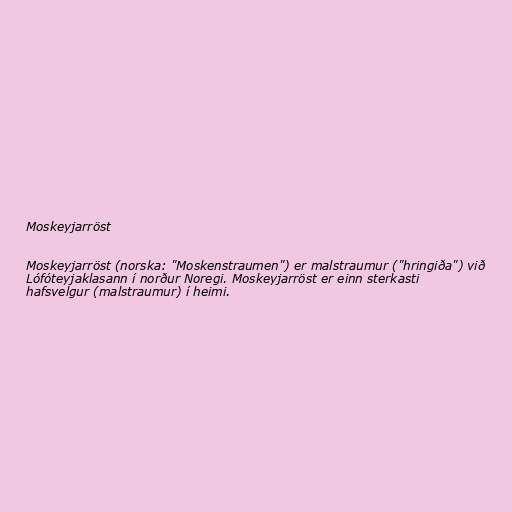
Moskeyjarröst

Moskeyjarröst (norska: "Moskenstraumen") er malstraumur ("hringiða") við
Lófóteyjaklasann í norður Noregi. Moskeyjarröst er einn sterkasti
hafsvelgur (malstraumur) í heimi.